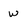
Character: w